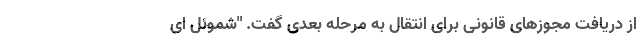
از دریافت مجوزهای قانونی برای انتقال به مرحله بعدی گفت. "شموئل ای